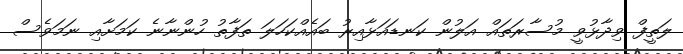
ލަތީފް ވިދާޅުވީ މުސާރަތައް އަލުން ކަނޑައަޅާއިރު ބައެއްކަހަލަ ތަފާތު ހުންނާނެ ކަމަށާއި ނަމަވެސް